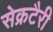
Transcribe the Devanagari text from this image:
सेक्रटैरी